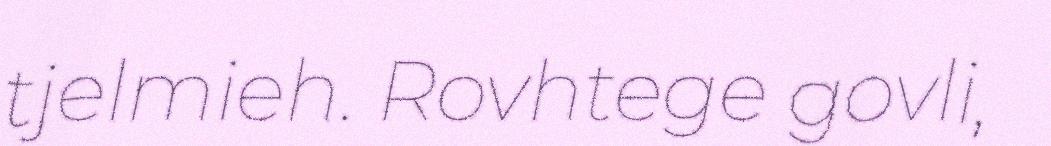
tjelmieh. Rovhtege govli,